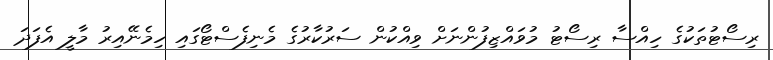
ރިސޯޓުތަކުގެ ހިއްސާ ރިސޯޓު މުވައްޒިފުންނަށް ވިއްކުން ސަރުކާރުގެ މެނިފެސްޓޯގައި ހިމެނޭއިރު މާލީ އެފަދަ